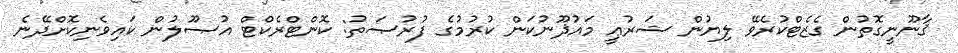
ޤާނޫނީގޮތުން ގެޒެޓްކުރެވޭ ލިޔުން ޝަރުޢީ މައުޛޫނުކަން ކުރުމުގެ ފުރުޞަތު: ކޮންޓްރެކްޓް އުޞޫލުން ކައިވެނިކޮށްދޭނެ